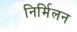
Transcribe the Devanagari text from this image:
निर्मिलन